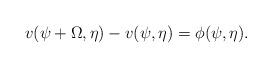
LaTeX: \begin{align*}v(\psi+\Omega,\eta)-v(\psi,\eta)=\phi(\psi,\eta).\end{align*}